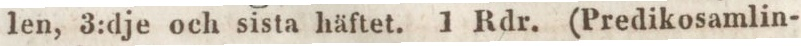
len, 3:dje och sista häftet. 1 Rdr. (Predikosamlin-